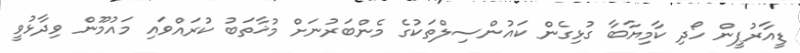
ޑީއާރުޕީން ހޯދި ކާމިޔާބާ ގުޅިގެން ކައުންސިލްތަކުގެ މެންބަރުނަށް މުޚާތަބު ކުރައްވައި މައުމޫން ވިދާޅުވީ